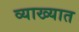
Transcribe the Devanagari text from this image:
व्याख्यात